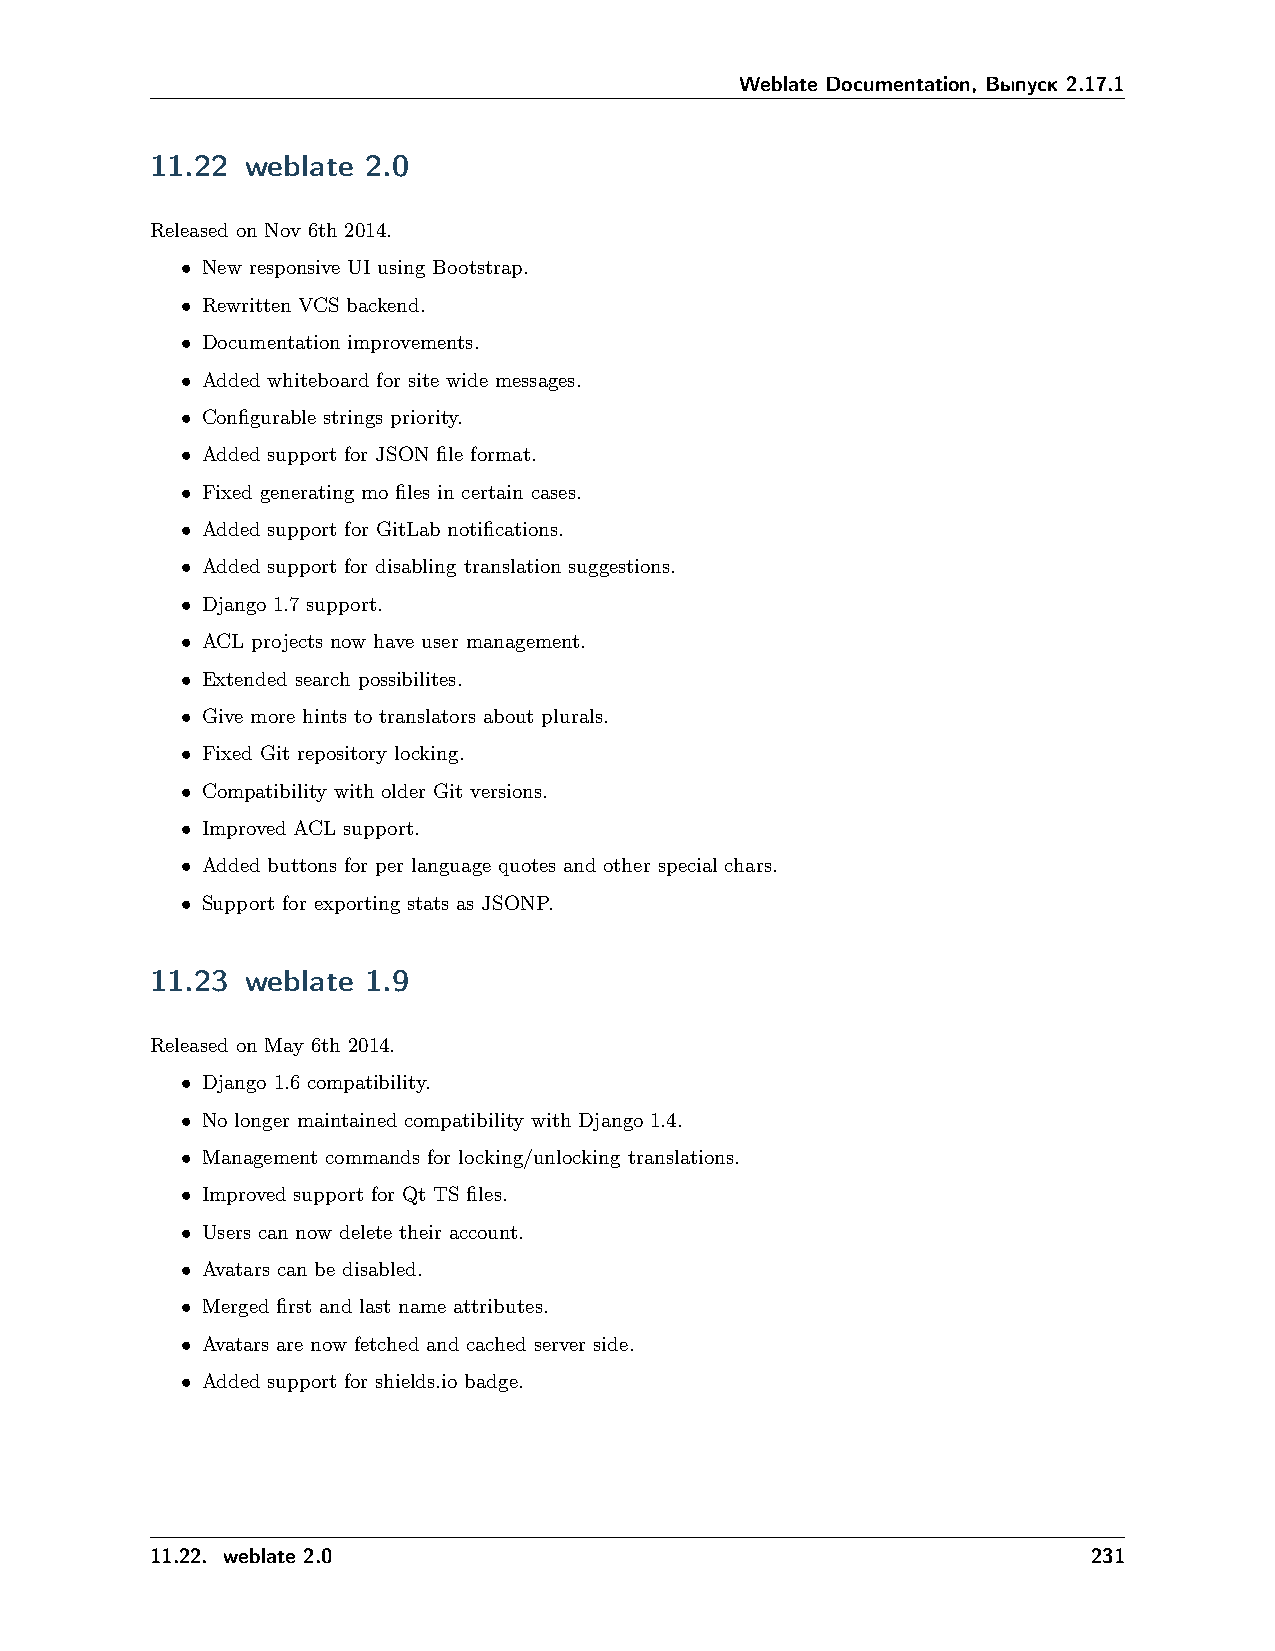
Weblate Documentation, Выпуск 2.17.1
 11.22 weblate 2.0
 Released on Nov 6th 2014.
 • New responsive UI using Bootstrap.
 • Rewritten VCS backend.
 • Documentation improvements.
 • Added whiteboard for site wide messages.
 • Configurable strings priority.
 • Added support for JSON file format.
 • Fixed generating mo files in certain cases.
 • Added support for GitLab notifications.
 • Added support for disabling translation suggestions.
 • Django 1.7 support.
 • ACL projects now have user management.
 • Extended search possibilites.
 • Give more hints to translators about plurals.
 • Fixed Git repository locking.
 • Compatibility with older Git versions.
 • Improved ACL support.
 • Added buttons for per language quotes and other special chars.
 • Support for exporting stats as JSONP.
 11.23 weblate 1.9
 Released on May 6th 2014.
 • Django 1.6 compatibility.
 • No longer maintained compatibility with Django 1.4.
 • Management commands for locking/unlocking translations.
 • Improved support for Qt TS files.
 • Users can now delete their account.
 • Avatars can be disabled.
 • Merged first and last name attributes.
 • Avatars are now fetched and cached server side.
 • Added support for shields.io badge.
 11.22. weblate 2.0                                            231